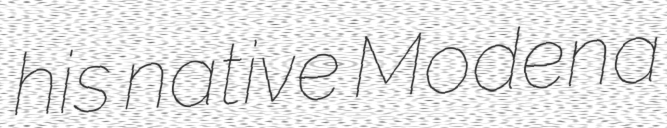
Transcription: his native Modena